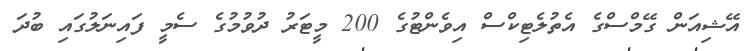
އޭޝިއަން ގޭމްސްގެ އެތުލެޓިކްސް އިވެންޓުގެ 200 މީޓަރު ދުވުމުގެ ސެމީ ފައިނަލުގައި ބުދަ